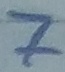
Text: 7